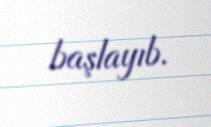
başlayıb.